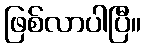
ဖြစ်လာပါပြီ။